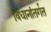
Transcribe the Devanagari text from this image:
विधानांतर्गत